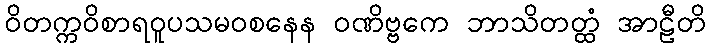
ဝိတက္ကဝိစာရဝူပသမဝစနေန ဝဏိဗ္ဗကေ ဘာသိတတ္ထံ အာဠီတိ